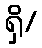
ရှိ/